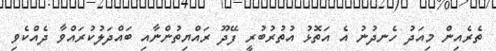
ތެރެއިން މިއަދު ހެނދުނު އެ އަތޮޅު އުތުރުބުރީ ފޭދޫ ރައްޔިތުންނާއި ބައްދަލުކުރައްވާ ދެއްކެވި